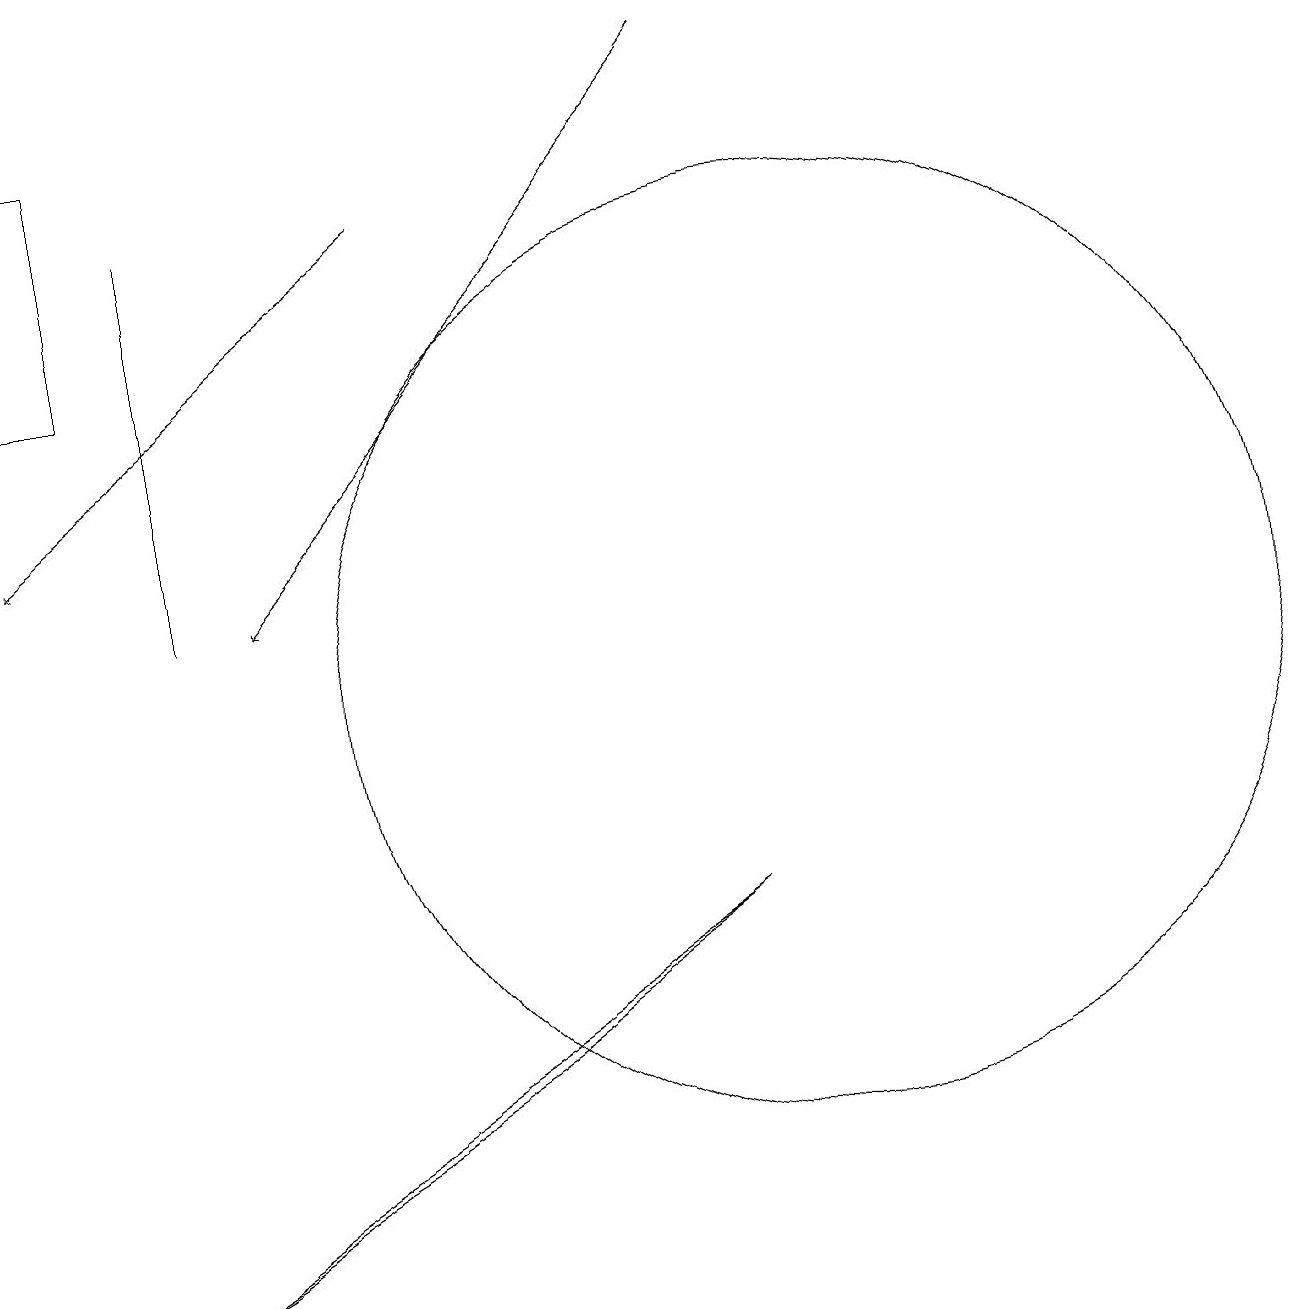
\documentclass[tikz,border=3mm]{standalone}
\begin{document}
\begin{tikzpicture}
\draw[->] (9,19) -- (3,12);
\draw (10,11) circle (6);
\draw (2,12) rectangle (2,17);
\draw (0,15) rectangle (1,18);
\draw (9,8) -- (1,3) -- (6,6) -- cycle;
\draw[->] (5,17) -- (0,13);
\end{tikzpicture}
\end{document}